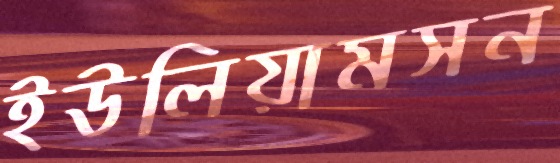
ইউলিয়ামসন